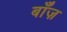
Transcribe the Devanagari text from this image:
बाँज़